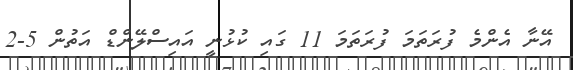
އޭނާ އެންމެ ފުރަތަމަ ފުރަތަމަ 11 ގައި ކުޅުނީ އައިސްލޭންޑް އަތުން 5-2